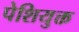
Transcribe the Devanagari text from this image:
पेशियुक्त